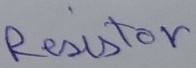
Text: Resistor